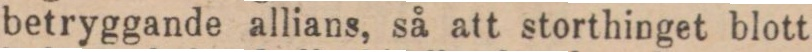
betryggande allians, så att storthinget blott